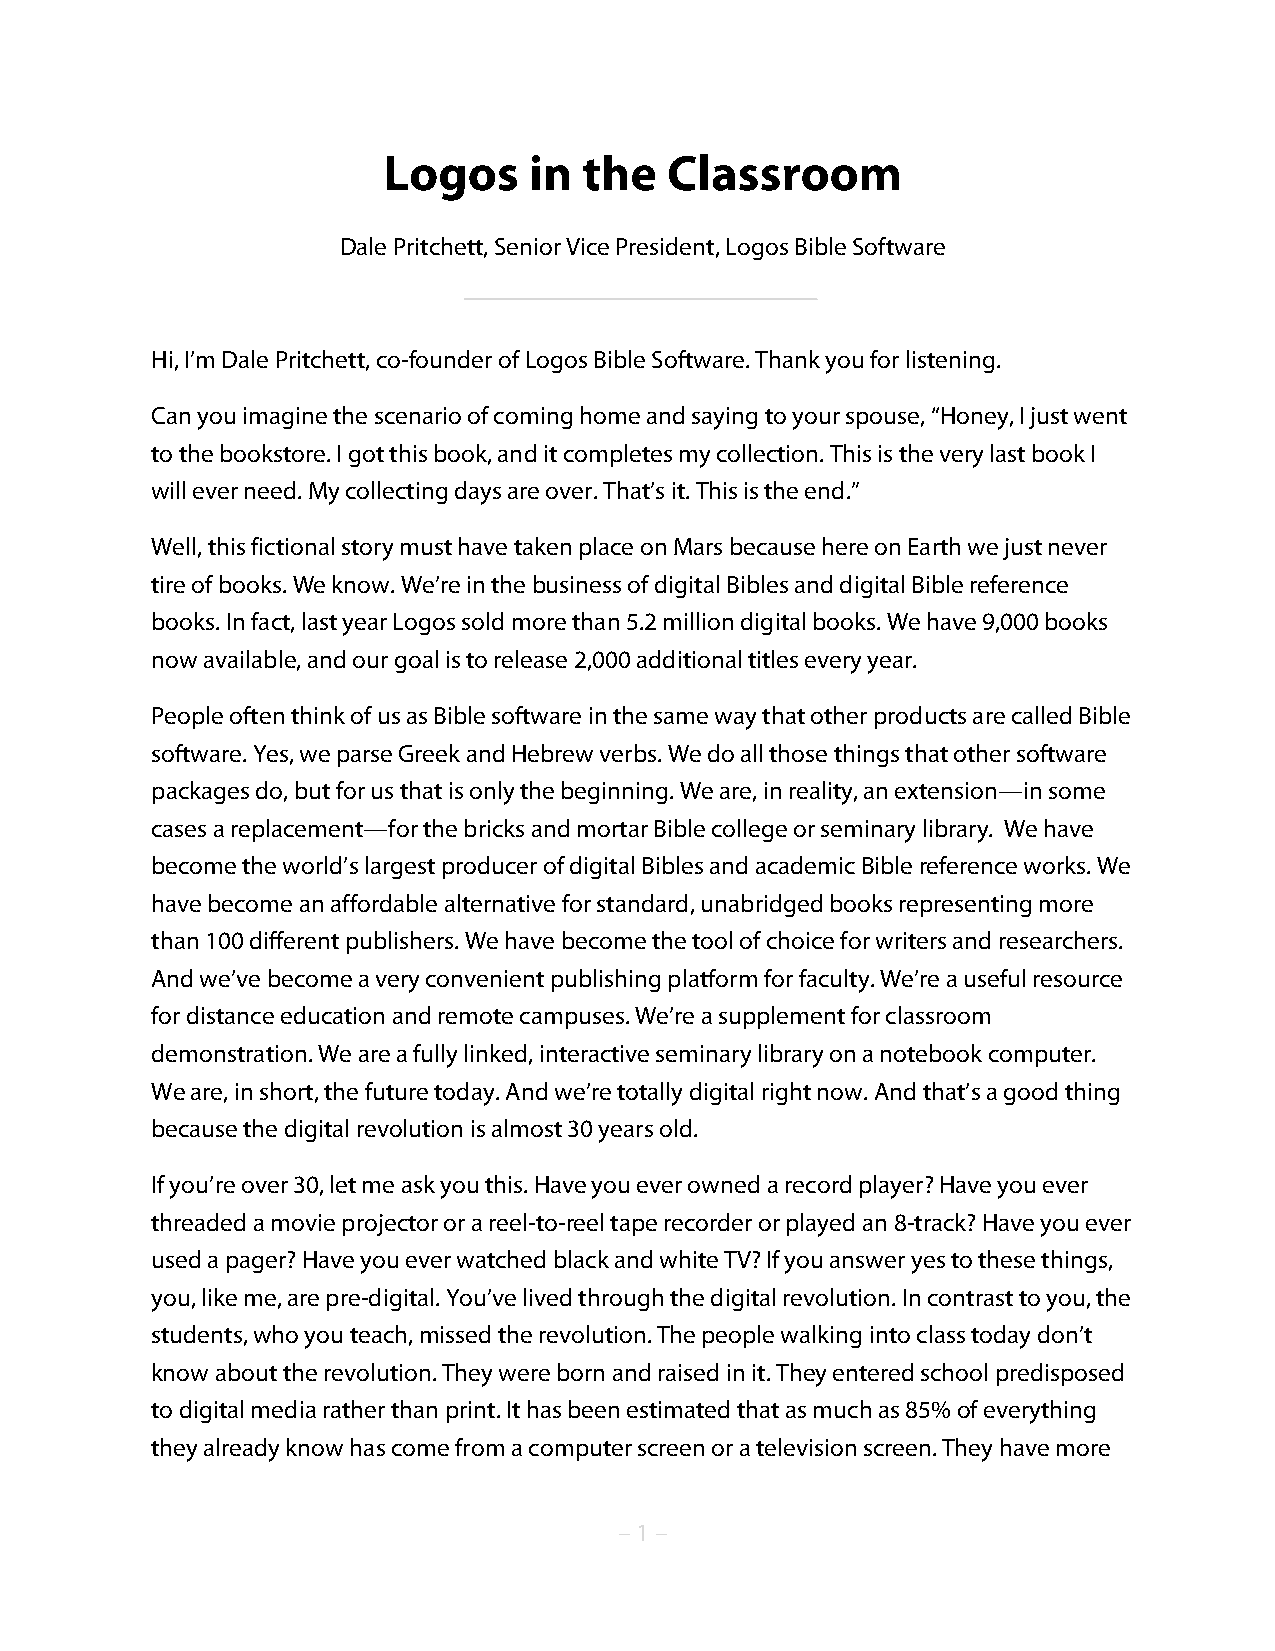
Logos     in  the  Classroom
 Dale Pritchett, Senior Vice President, Logos Bible Software
 Hi, I’m Dale Pritchett, co-founder of Logos Bible Software. Thank you for listening.
 Can you imagine the scenario of coming home and saying to your spouse, “Honey, I just went
 to the bookstore. I got this book, and it completes my collection. This is the very last book I
 will ever need. My collecting days are over. That’s it. This is the end.”
 Well, this fictional story must have taken place on Mars because here on Earth we just never
 tire of books. We know. We’re in the business of digital Bibles and digital Bible reference
 books. In fact, last year Logos sold more than 5.2 million digital books. We have 9,000 books
 now available, and our goal is to release 2,000 additional titles every year.
 People often think of us as Bible software in the same way that other products are called Bible
 software. Yes, we parse Greek and Hebrew verbs. We do all those things that other software
 packages do, but for us that is only the beginning. We are, in reality, an extension—in some
 cases a replacement—for the bricks and mortar Bible college or seminary library. We have
 become the world’s largest producer of digital Bibles and academic Bible reference works. We
 have become an affordable alternative for standard, unabridged books representing more
 than 100 different publishers. We have become the tool of choice for writers and researchers.
 And we’ve become a very convenient publishing platform for faculty. We’re a useful resource
 for distance education and remote campuses. We’re a supplement for classroom
 demonstration. We are a fully linked, interactive seminary library on a notebook computer.
 We are, in short, the future today. And we’re totally digital right now. And that’s a good thing
 because the digital revolution is almost 30 years old.
 If you’re over 30, let me ask you this. Have you ever owned a record player? Have you ever
 threaded a movie projector or a reel-to-reel tape recorder or played an 8-track? Have you ever
 used a pager? Have you ever watched black and white TV? If you answer yes to these things,
 you, like me, are pre-digital. You’ve lived through the digital revolution. In contrast to you, the
 students, who you teach, missed the revolution. The people walking into class today don’t
 know about the revolution. They were born and raised in it. They entered school predisposed
 to digital media rather than print. It has been estimated that as much as 85% of everything
 they already know has come from a computer screen or a television screen. They have more
 – 1 –